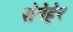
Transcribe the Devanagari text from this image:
सेपेहेर